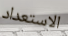
الاستعداد